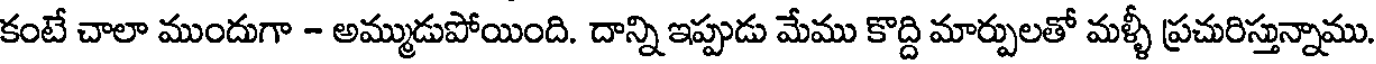
కంటే చాలా ముందుగా - అమ్ముడుపోయింది. దాన్ని ఇప్పుడు మేము కొద్ది మార్పులతో మళ్ళీ ప్రచురిస్తున్నాము.